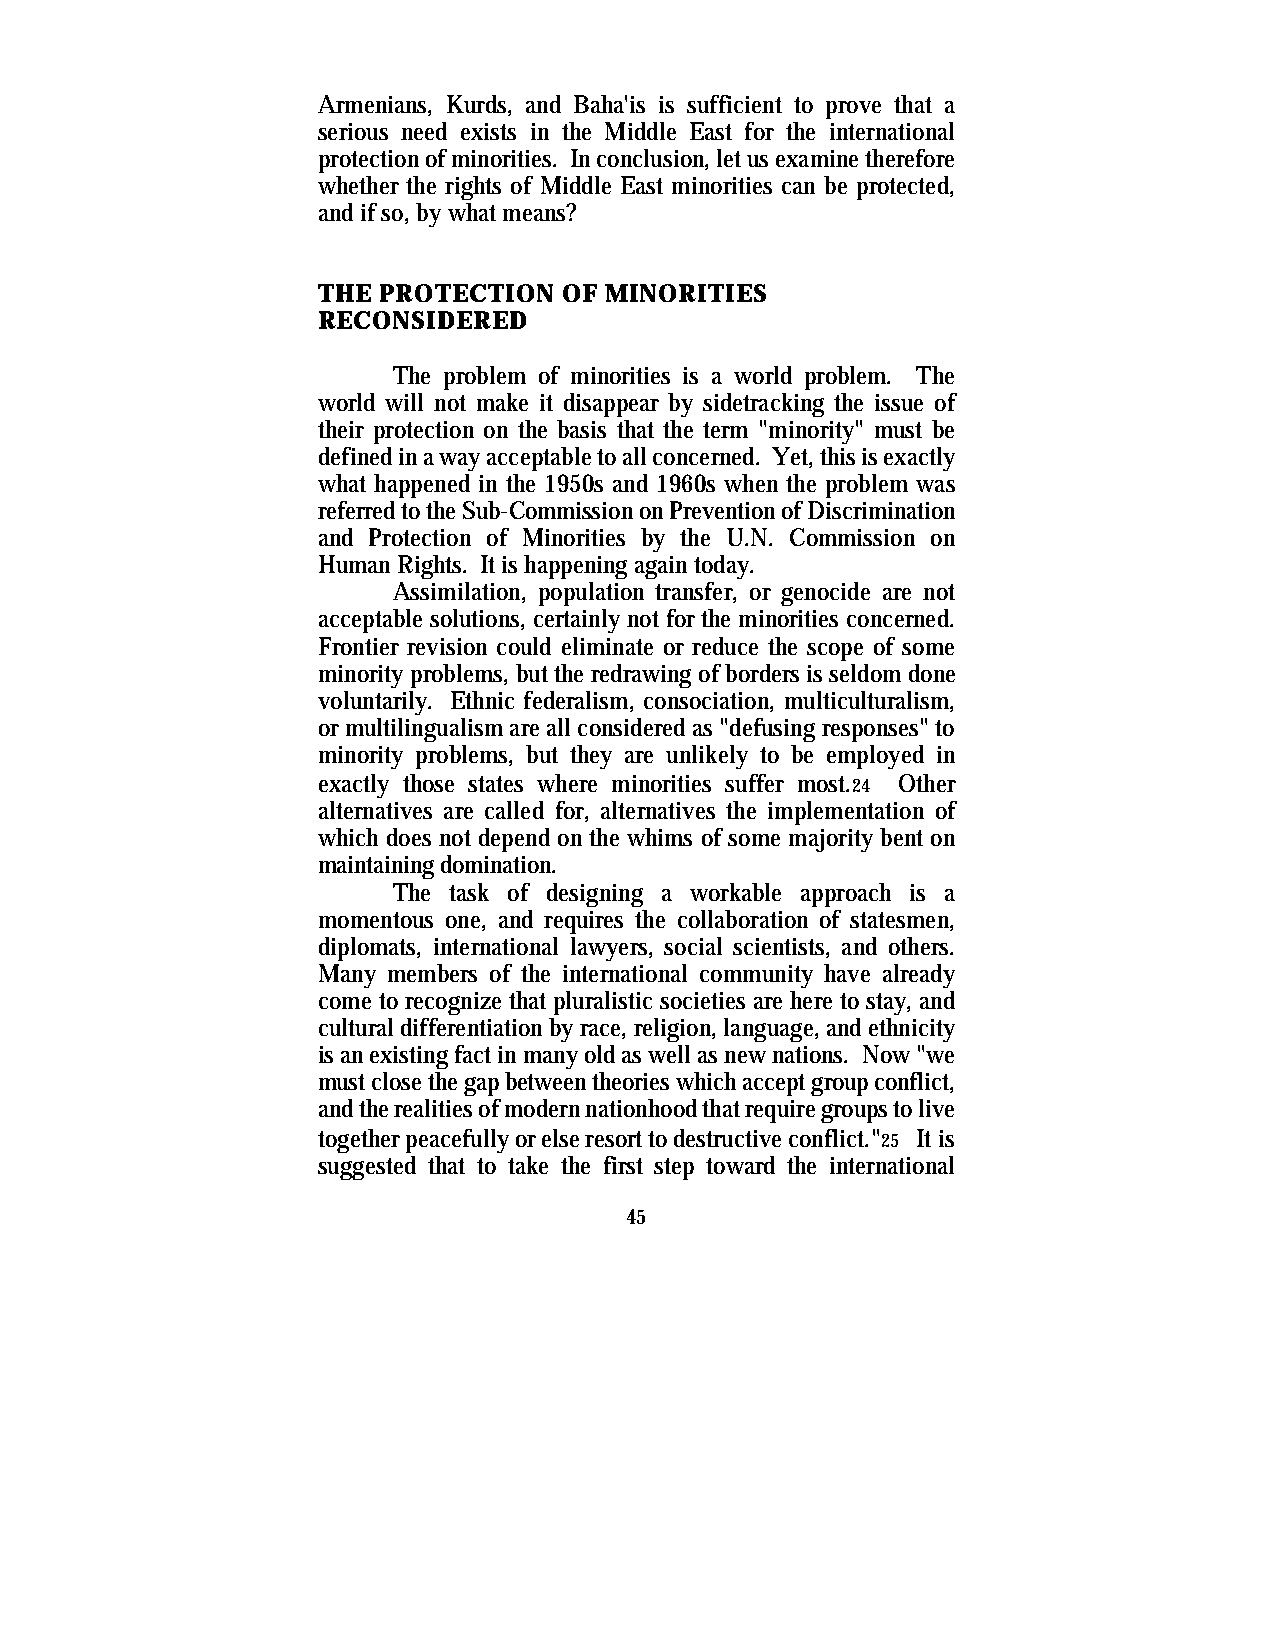
Armenians, Kurds, and Baha'is is sufficient to prove that a
 serious need exists in the Middle East for the international
 protection of minorities. In conclusion, let us examine therefore
 whether the rights of Middle East minorities can be protected,
 and if so, by what means?
 THE PROTECTION  OF MINORITIES
 RECONSIDERED
 The problem of minorities is a world problem. The
 world will not make it disappear by sidetracking the issue of
 their protection on the basis that the term "minority" must be
 defined in a way acceptable to all concerned. Yet, this is exactly
 what happened in the 1950s and 1960s when the problem was
 referred to the Sub-Commission on Prevention of Discrimination
 and Protection of Minorities by the U.N. Commission on
 Human Rights. It is happening again today.
 Assimilation, population transfer, or genocide are not
 acceptable solutions, certainly not for the minorities concerned.
 Frontier revision could eliminate or reduce the scope of some
 minority problems, but the redrawing of borders is seldom done
 voluntarily. Ethnic federalism, consociation, multiculturalism,
 or multilingualism are all considered as "defusing responses" to
 minority problems, but they are unlikely to be employed in
 exactly those states where minorities suffer most.24 Other
 alternatives are called for, alternatives the implementation of
 which does not depend on the whims of some majority bent on
 maintaining domination.
 The task of designing a workable approach is a
 momentous one, and requires the collaboration of statesmen,
 diplomats, international lawyers, social scientists, and others.
 Many members of the international community have already
 come to recognize that pluralistic societies are here to stay, and
 cultural differentiation by race, religion, language, and ethnicity
 is an existing fact in many old as well as new nations. Now "we
 must close the gap between theories which accept group conflict,
 and the realities of modern nationhood that require groups to live
 together peacefully or else resort to destructive conflict."25 It is
 suggested that to take the first step toward the international
 45